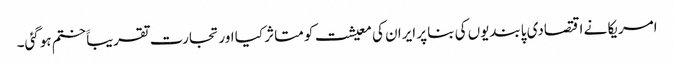
امریکا نے اقتصادی پابندیوں کی بنا پر ایران کی معیشت کو متاثر کیا اور تجارت تقریباََ ختم ہوگئی۔